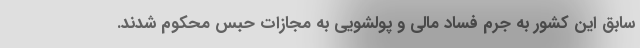
سابق این کشور به جرم فساد مالی و پولشویی به مجازات حبس محکوم شدند.